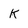
Character: K